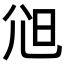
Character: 𡯒